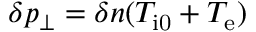
\delta p _ { \perp } = \delta n ( T _ { \mathrm { i 0 } } + T _ { \mathrm { e } } )